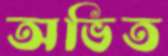
অভিত